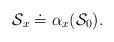
LaTeX: \begin{align*}{\cal S}_x \doteq \alpha_x ( {\cal S}_0).\end{align*}